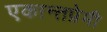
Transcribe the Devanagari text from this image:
एकान्तप्रेमी